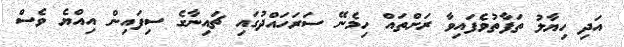
އަދި ހިޔާލު ތަފާތުވެފައިވާ ރަށްތައް ހިމެނޭ ސަރަހައްދުގައި ޗައިނާގެ ސިފައިން އިއްޔެ ވެސް